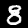
Label: 8